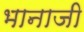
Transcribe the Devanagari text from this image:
भानाजी